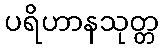
ပရိဟာနသုတ္တ